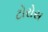
ટોરોસ